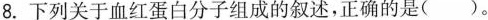
8.下列关于血红蛋白分子组成的叙述，正确的是()。